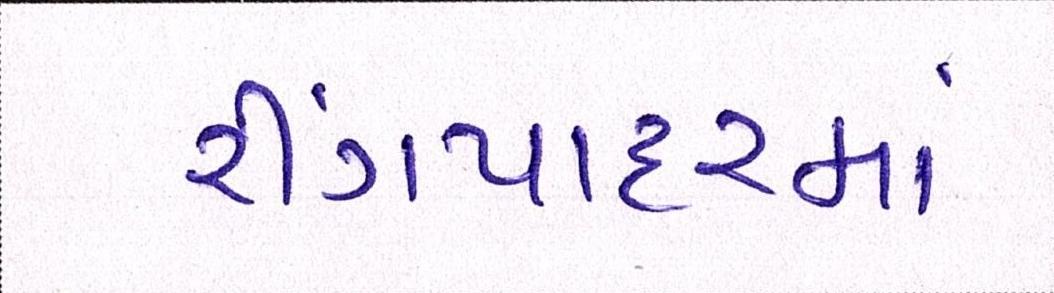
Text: રીંગપાદરમાં